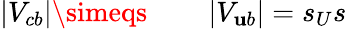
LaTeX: \left|V_{cb}\right|\simeqs\qquad\left|V_{\mathbf{u}b}\right|=s_{U}s